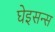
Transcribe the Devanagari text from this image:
घेइसन्स